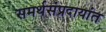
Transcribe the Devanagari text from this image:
समर्थसंप्रदायांत